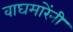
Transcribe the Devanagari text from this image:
वाघमारेंनी